65_HS1-834228961_62-HQ-83894_Section_1
Agency: FBI
Page 72
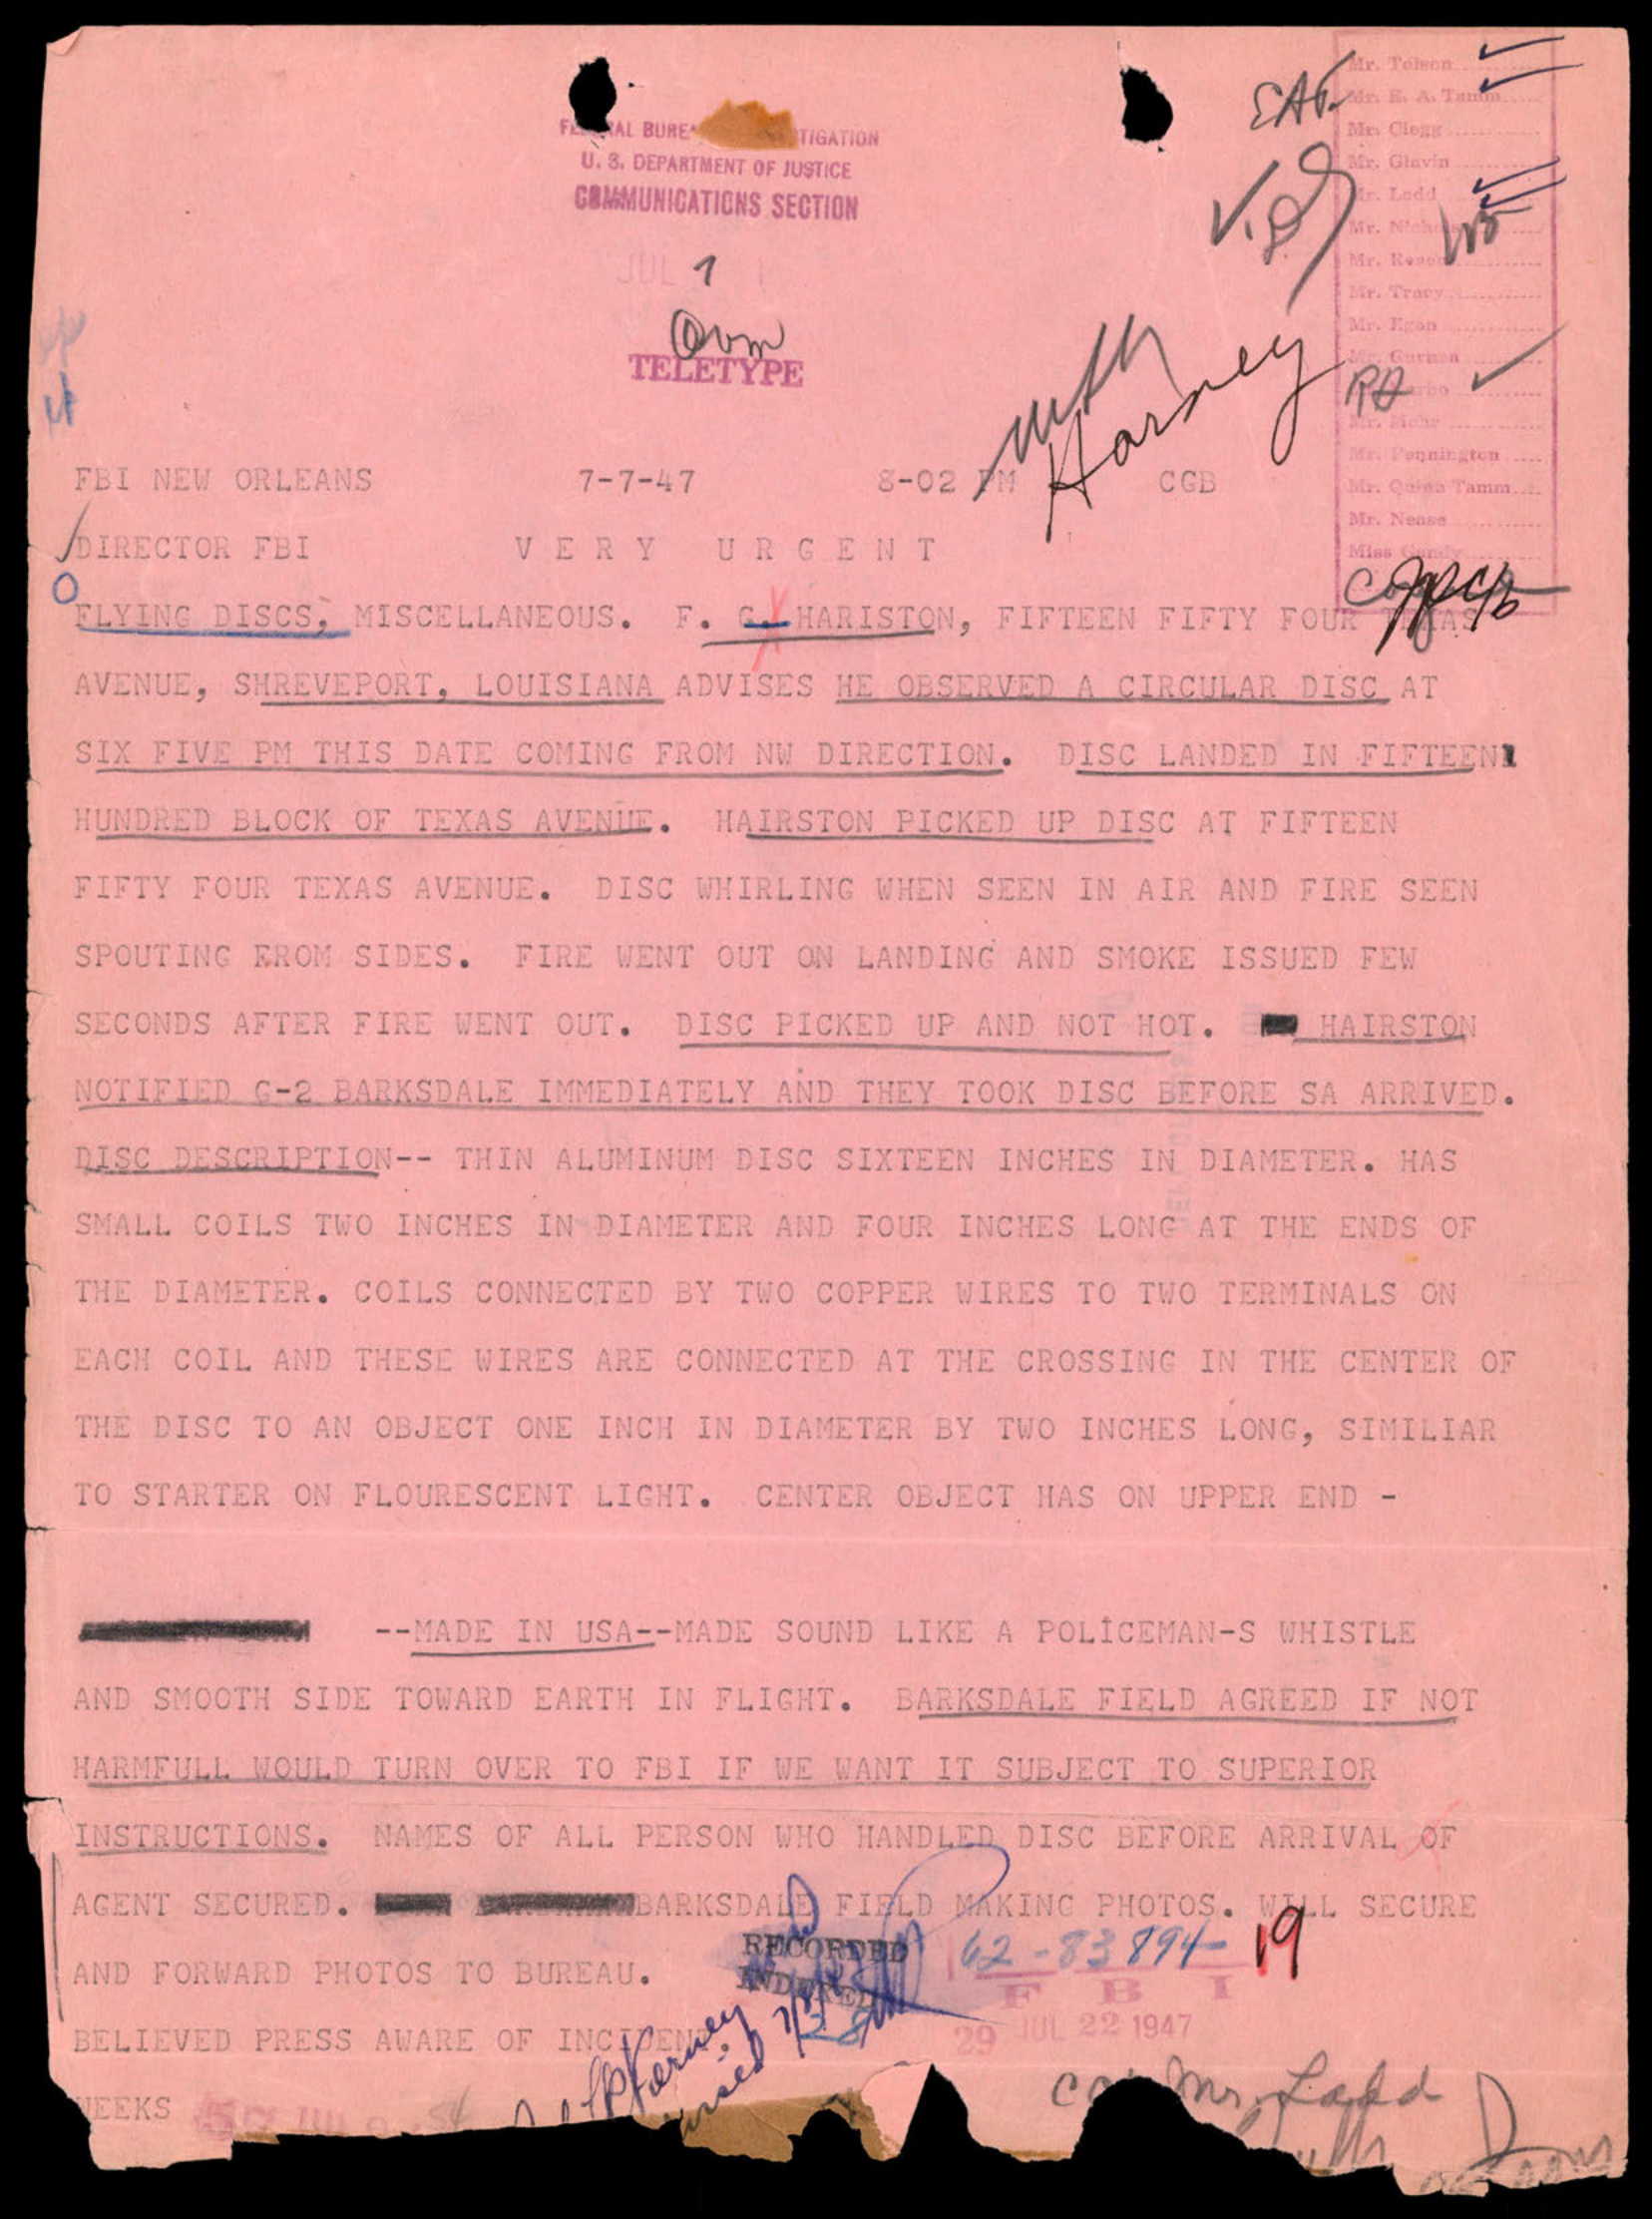